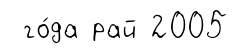
го́да рай 2005